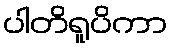
ပါတိရူပိကာ